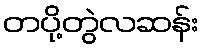
တပို့တွဲလဆန်း